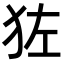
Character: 𬌬